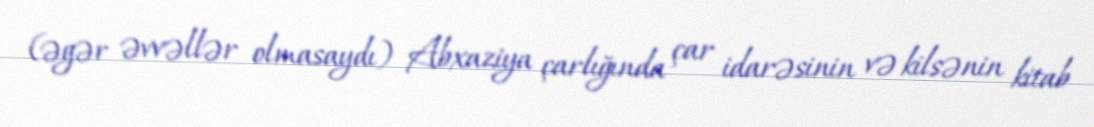
(əgər əvvəllər olmasaydı) Abxaziya çarlığında çar idarəsinin və kilsənin kitab